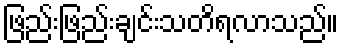
ဖြည်းဖြည်းချင်းသတိရလာသည်။